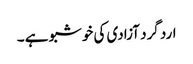
ارد گرد آزادی کی خوشبو ہے ۔